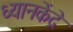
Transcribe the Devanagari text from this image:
ध्यानकेंद्रे